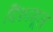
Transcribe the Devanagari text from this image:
दिशामूल